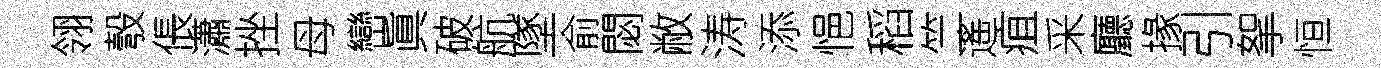
翎彀倀瀟挫母巒眞破航墜俞閟敝涛添悒稻竺遙疽采廳掾引挐恒